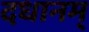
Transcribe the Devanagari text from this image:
दधानम्